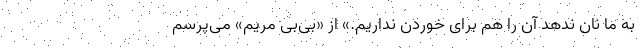
به ما نان ندهد آن را هم برای خوردن نداریم.» از «بی‌بی مریم» می‌پرسم